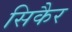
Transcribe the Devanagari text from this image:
सिकैर